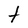
Character: t